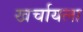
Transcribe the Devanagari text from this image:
खर्चायला